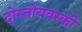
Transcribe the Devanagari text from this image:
दोस्तोयवस्की